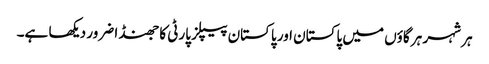
ہر شہر ہر گاؤں میں پاکستان اور پاکستان پیپلز پارٹی کا جھنڈا ضرور دیکھا ہے۔